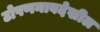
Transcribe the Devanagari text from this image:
टोपणनावदेखील